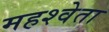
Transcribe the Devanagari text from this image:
महश्वेता